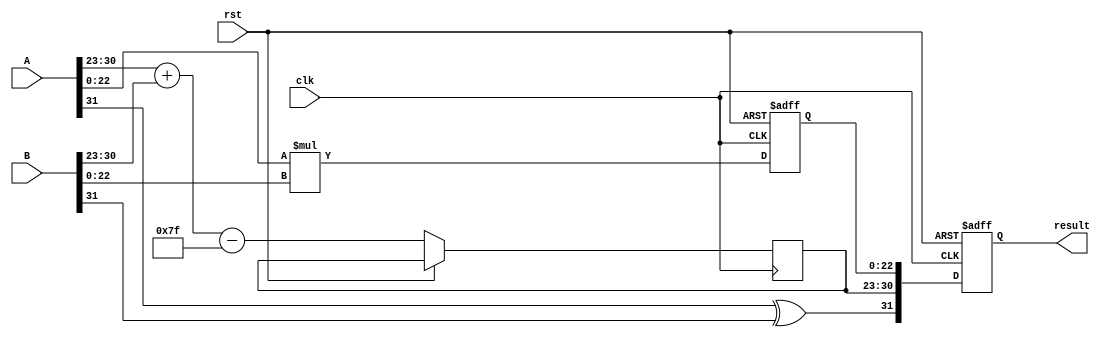
module radix4_fp_multiplier #(
    parameter E = 8, // Number of exponent bits
    parameter M = 23 // Number of mantissa bits
)(
    input wire clk,
    input wire rst,
    input wire [E + M:0] A, // A = sign + exponent + mantissa
    input wire [E + M:0] B, // B = sign + exponent + mantissa
    output reg [E + M:0] result // result = sign + exponent + mantissa
);

// Internal signals
wire sign_A, sign_B, sign_result;
wire [E-1:0] exponent_A, exponent_B, exponent_result;
wire [M:0] mantissa_A, mantissa_B, mantissa_result;

reg [E + M:0] mantissa_product;

// Extract sign, exponent, and mantissa
assign sign_A = A[E + M];
assign exponent_A = A[E + M - 1 : M];
assign mantissa_A = A[M - 1 : 0];
assign sign_B = B[E + M];
assign exponent_B = B[E + M - 1 : M];
assign mantissa_B = B[M - 1 : 0];

// Calculate sign of result
assign sign_result = sign_A ^ sign_B;

// Perform radix-4 multiplication
always @(posedge clk or posedge rst) begin
    if (rst) begin
        mantissa_product <= 0;
        result <= 0;
    end else begin
        // Multiply mantissas (simple multiplication for demonstration)
        mantissa_product <= {1'b0, mantissa_A} * {1'b0, mantissa_B}; // Add implicit leading 1 for normalization

        // Normalize result
        // TODO: Implement normalization and rounding
        
        // Combine sign, exponent, and mantissa
        exponent_result <= exponent_A + exponent_B - (2**(E-1) - 1); // Adjust for bias
        result <= {sign_result, exponent_result, mantissa_product[M-1:0]}; // Truncate mantissa as needed
    end
end

endmodule